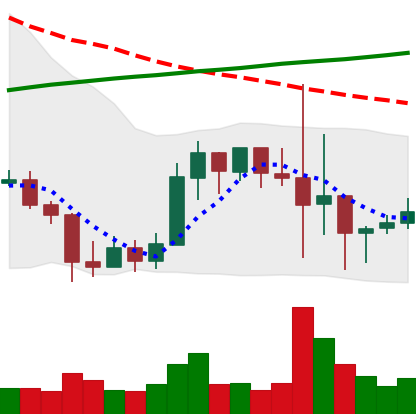
Ticker: LINK-USD
Chart end date: 2019-09-29
Forward return: 15.234%
Label: up_7plus